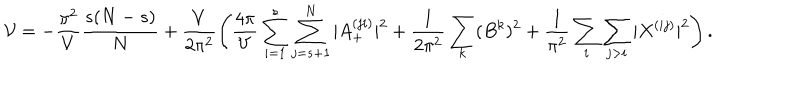
{ \cal { V } } = - \frac { \pi ^ { 2 } } { V } \frac { s ( N - s ) } { N } + \frac { V } { 2 \pi ^ { 2 } } \left( \frac { 4 \pi } { V } \sum _ { i = 1 } ^ { s } \sum _ { j = s + 1 } ^ { N } | A _ { + } ^ { ( j i ) } | ^ { 2 } + \frac { 1 } { 2 \pi ^ { 2 } } \sum _ { k } ( B ^ { k } ) ^ { 2 } + \frac { 1 } { \pi ^ { 2 } } \sum _ { i } \sum _ { j > i } | X ^ { ( i j ) } | ^ { 2 } \right) .